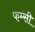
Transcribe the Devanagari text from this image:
फम्सी